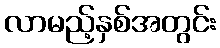
လာမည့်နှစ်အတွင်း